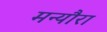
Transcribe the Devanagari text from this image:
मन्यौरा